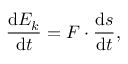
{ \frac { \mathrm { d } E _ { k } } { \mathrm { d } t } } = F \cdot { \frac { \mathrm { d } s } { \mathrm { d } t } } ,